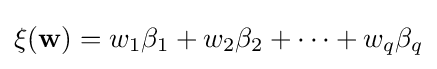
\xi (\mathbf {w} )=w_{1}\beta _{1}+w_{2}\beta _{2}+\dots +w_{q}\beta _{q}